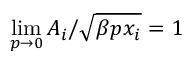
\operatorname* { l i m } _ { p \to 0 } A _ { i } / \sqrt { \beta p x _ { i } } = 1